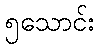
၅သောင်း